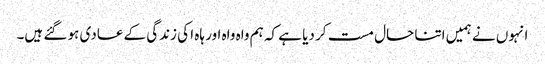
انہوں نے ہمیں اتنا حال مست کر دیا ہے کہ ہم واہ واہ اور ہاہ ا کی زندگی کے عادی ہو گئے ہیں۔